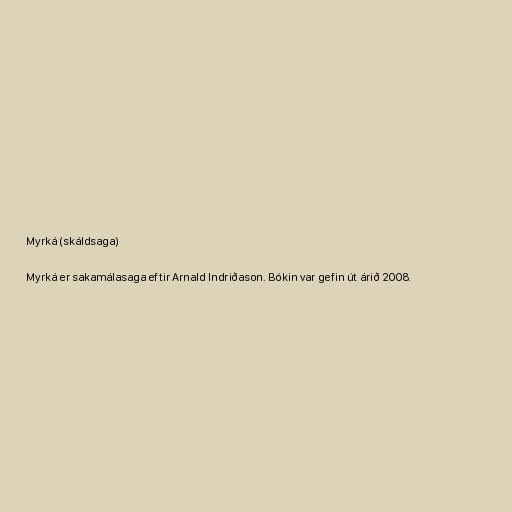
Myrká (skáldsaga)

Myrká er sakamálasaga eftir Arnald Indriðason. Bókin var gefin út árið 2008.